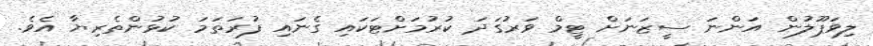
ލިވަޕޫލުން އަންނަ ސީޒަނަށް ޓީމް ވަރުގަދަ ކުރުމަށްޓަކައި ގެނައި ފުރަތަމަ ކުޅުންތެރިޔާ އެވެ.